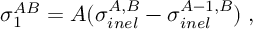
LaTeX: \sigma _ { 1 } ^ { A B } = A ( \sigma _ { i n e l } ^ { A , B } - \sigma _ { i n e l } ^ { A - 1 , B } ) \; ,